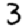
Digit: 3